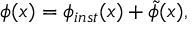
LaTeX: \phi ( x ) = \phi _ { i n s t } ( x ) + \tilde { \phi } ( x ) ,